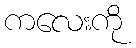
ကလေးကို